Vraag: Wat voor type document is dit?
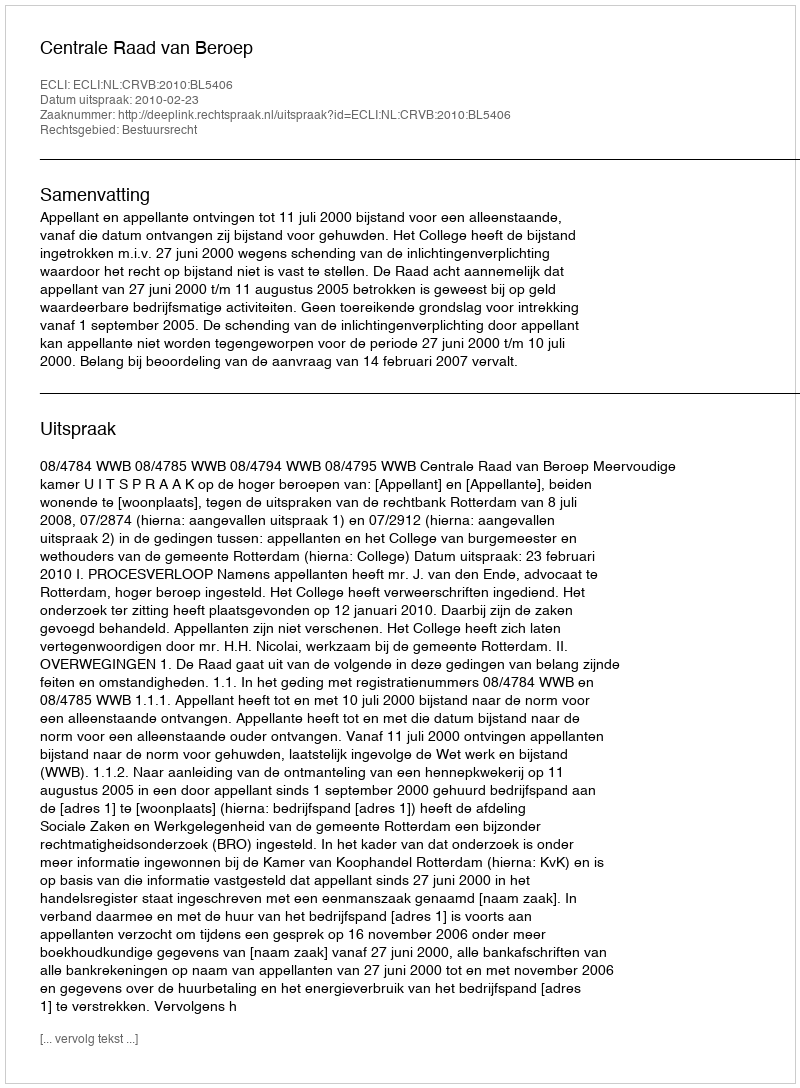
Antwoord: Uitspraak